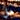
هل